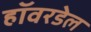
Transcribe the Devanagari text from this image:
हॉवरडेल